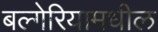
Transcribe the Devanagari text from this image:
बल्गेरियामधील